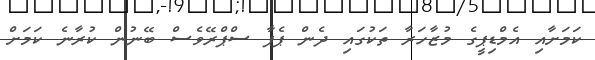
ކަމަށާއި އެމްޑިޕީގެ މުޒާހަރާ ތަކުގައި ދެން ޕެޕާ ސްޕްރޭވެސް ބޭނުން ކުރާނެ ކަމަށް